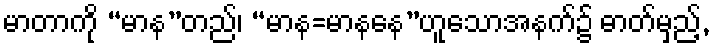
မာတာကို “မာန”တည်၊ “မာန=မာနနေ”ဟူသောအနက်၌ ဓာတ်မှည့်,